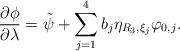
LaTeX: \begin{align*}\frac{\partial\phi}{\partial\lambda}=\tilde{\psi}+\sum\limits_{j=1}^4 b_j \eta_{R_3,\xi_j}\varphi_{0,j}.\end{align*}